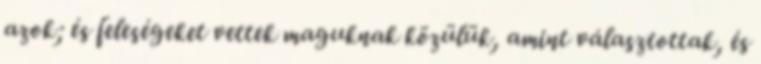
azok; és feleségeket vettek maguknak közülük, amint választottak, és